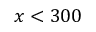
x < 3 0 0